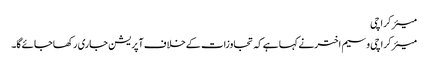
میئر کراچی
میئرکراچی وسیم اخترنے کہا ہےکہ تجاوزات کےخلاف آپریشن جاری رکھاجائےگا۔